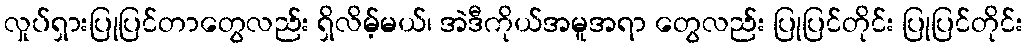
လှုပ်ရှားပြုပြင်တာတွေလည်း ရှိလိမ့်မယ်၊ အဲဒီကိုယ်အမူအရာ တွေလည်း ပြုပြင်တိုင်း ပြုပြင်တိုင်း